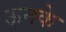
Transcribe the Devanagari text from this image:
ऊनके